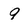
Character: 9